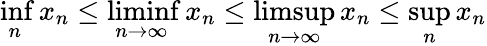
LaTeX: \operatorname*{inf}_{n}x_{n}\leq\operatorname*{liminf}_{n\to\infty}x_{n}\leq\operatorname*{limsup}_{n\to\infty}x_{n}\leq\operatorname*{sup}_{n}x_{n}